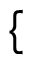
\begin{array} { r } { \mathopen { } \mathclose \bgroup \left\{ \begin{array} { r l } \end{array} \aftergroup \egroup \right. } \end{array}